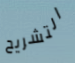
التشريح